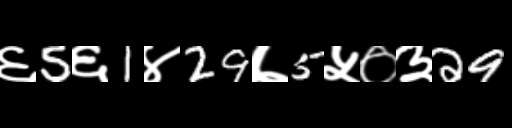
Text: ६5६1४29७5५०३29